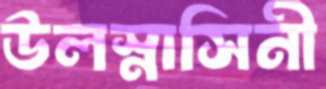
উলস্নাসিনী